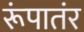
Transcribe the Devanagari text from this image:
रूंपातंर